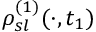
\rho _ { s l } ^ { ( 1 ) } ( \cdot , t _ { 1 } )